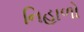
નિહાળો